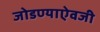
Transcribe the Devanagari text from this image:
जोडण्याऐवजी